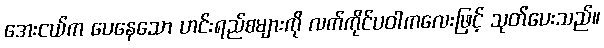
အေးငယ်က ပေနေသော ဟင်းရည်စများကို လက်ကိုင်ပဝါကလေးဖြင့် သုတ်ပေးသည်။